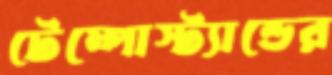
টেম্পোস্ট্যান্ডের